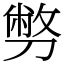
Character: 𠟈